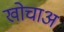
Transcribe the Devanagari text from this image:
खोचाअ